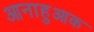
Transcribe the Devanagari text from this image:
आनाहुआक